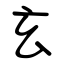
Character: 玄